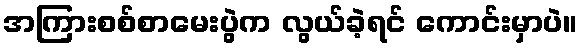
အကြားစစ်စာမေးပွဲက လွယ်ခဲ့ရင် ကောင်းမှာပဲ။